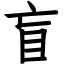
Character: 盲